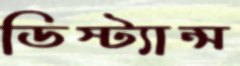
ডিস্ট্যান্স